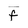
Character: f